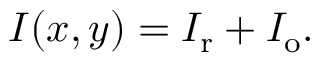
I ( x , y ) = I _ { \mathrm { r } } + I _ { \mathrm { o } } .